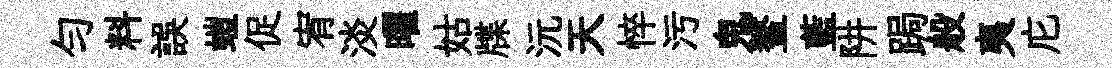
勻料誤螘促宥淡曜姑牒沅天悴污鬼鳌藍阱跼般夷庀